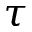
\tau